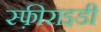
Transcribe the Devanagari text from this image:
स्फ़ीराइडी